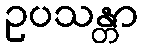
ဥပသန္တာ